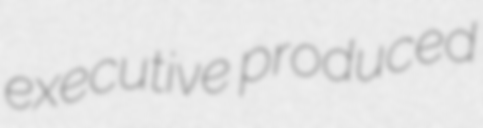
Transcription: executive produced